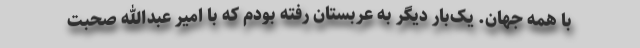
با همه جهان. یک‌بار دیگر به عربستان رفته بودم که با امیر عبدالله صحبت